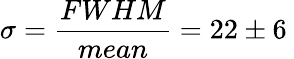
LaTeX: \sigma=\frac{FWHM}{mean}=22\pm 6\